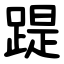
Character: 踶